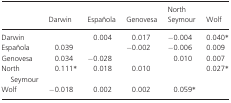
|  | Darwin | Española | Genovesa | North Seymour | Wolf |
 | --- | --- | --- | --- | --- | --- |
 | Darwin |  | 0.004 | 0.017 | −0.004 | 0.040* |
 | Española | 0.039 |  | −0.002 | −0.006 | 0.009 |
 | Genovesa | 0.034 | −0.028 |  | 0.010 | 0.007 |
 | North Seymour | 0.111* | 0.018 | 0.010 |  | 0.027* |
 | Wolf | −0.018 | 0.002 | 0.002 | 0.059* |  |